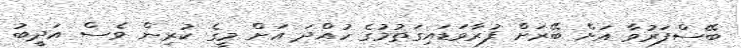
ބޭސްފަރުވާ އަށް ބޭރަށް ފުރާވަޑައިގަތުމުގެ ހުއްދަ އަށް މީގެ ކުރިން ވެސް އަދީބު